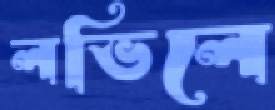
লভিলে